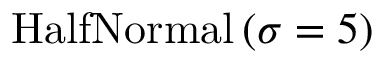
\mathrm { H a l f N o r m a l } \left( \sigma = 5 \right)